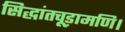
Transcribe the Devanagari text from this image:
सिद्धांतचूड़ामणि।